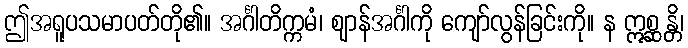
ဤအရူပသမာပတ်တို၏။ အင်္ဂါတိက္ကမံ၊ ဈာန်အင်္ဂါကို ကျော်လွန်ခြင်းကို။ န ဣစ္ဆန္တိ၊